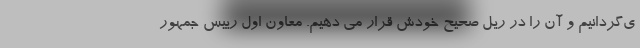
ی‌گردانیم و آن را در ریل صحیح خودش قرار می دهیم. معاون اول رییس جمهور